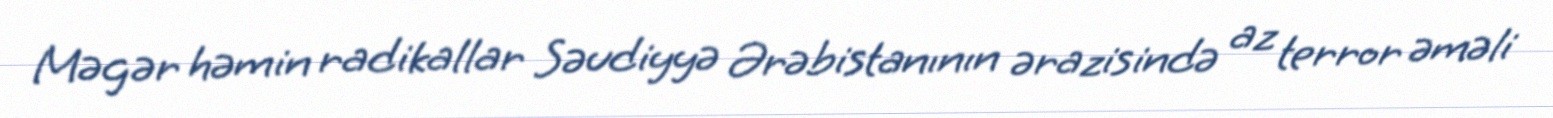
Məgər həmin radikallar Səudiyyə Ərəbistanının ərazisində az terror əməli